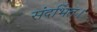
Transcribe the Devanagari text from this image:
संदर्भित।